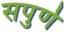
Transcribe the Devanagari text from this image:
सपुर्ण